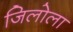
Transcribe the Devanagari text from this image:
जिलोला